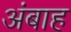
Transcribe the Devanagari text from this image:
अंबाह